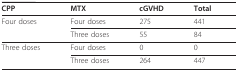
| CPP | MTX | cGVHD | Total |
 | --- | --- | --- | --- |
 | Four doses | Four doses | 275 | 441 |
 |  | Three doses | 55 | 84 |
 | Three doses | Four doses | 0 | 0 |
 |  | Three doses | 264 | 447 |